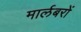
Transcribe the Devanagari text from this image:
मार्लबरों